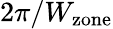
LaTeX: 2\pi/W_{\mathrm{zone}}